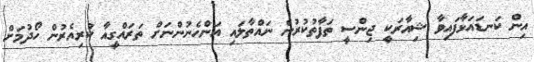
އިން ކަނޑައަޅާފައިވާ ޝިއާރަކީ ޖިންސީ ތަފާތުކުރުން ނައްތާލައި އަންހެނުންނަށް ތަރައްގީއާ ކުރިއެރުން ހޯދުމަށް